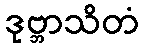
ဒုဗ္ဘာသိတံ